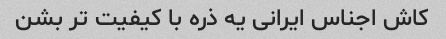
کاش اجناس ایرانی یه ذره با کیفیت تر بشن